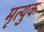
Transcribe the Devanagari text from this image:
मृत्युक